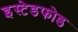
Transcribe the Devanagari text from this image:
इस्टेडफोड